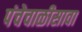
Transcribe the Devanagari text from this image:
पंचेचाळीसावा